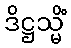
ဒိဋ္ဌသ္မိံ